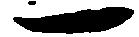
一